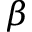
\beta